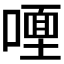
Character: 𭊩